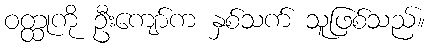
ဝတ္ထုကို ဦးကျော်က နှစ်သက် သူဖြစ်သည်။